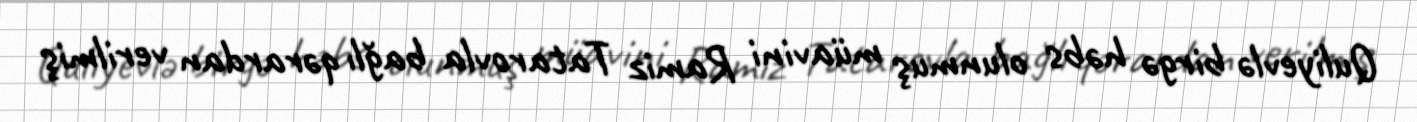
Quliyevlə birgə həbs olunmuş müavini Ramiz Tatarovla bağlı qərardan verilmiş